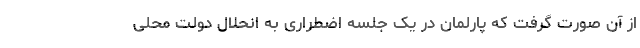
از آن صورت گرفت که پارلمان در یک جلسه اضطراری به انحلال دولت محلی